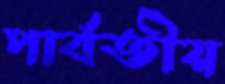
পার্বতীয়